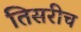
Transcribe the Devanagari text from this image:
तिसरीच